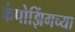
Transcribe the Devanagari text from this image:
कंपोझिंगच्या